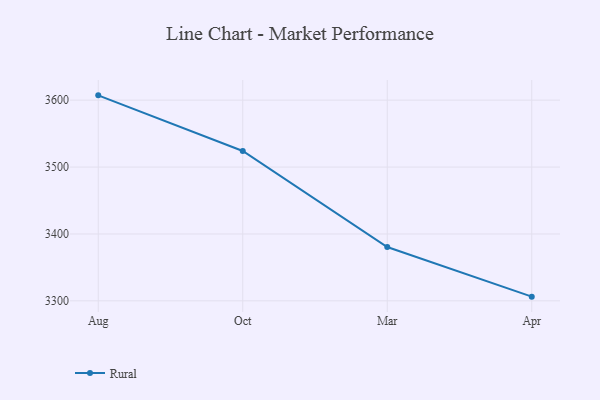
{"axis": {"x": "Month", "y": "Conversion Rate (%)"}, "legend": ["Rural"], "data": [{"x": "Aug", "y": 3607.2, "type": "Rural"}, {"x": "Oct", "y": 3524.0, "type": "Rural"}, {"x": "Mar", "y": 3380.5, "type": "Rural"}, {"x": "Apr", "y": 3306.3, "type": "Rural"}]}